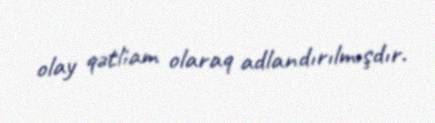
olay qətliam olaraq adlandırılmışdır.